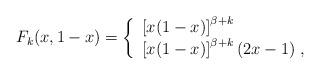
LaTeX: \begin{align*}F_{k}(x,1-x)=\left\{\begin{array}{l}\left[x(1-x)\right]^{\beta+k}\\\left[x(1-x)\right]^{\beta+k}(2x-1)\ ,\end{array}\right.\end{align*}